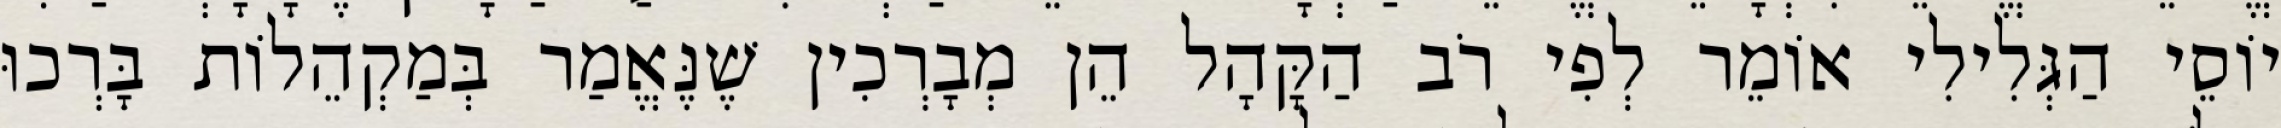
יוֹסֵי הַגְּלִילִי אוֹמֵר לְפִי רֹב הַקָּהָל הֵן מְבָרְכִין שֶׁנֶּאֱמַר בְּמַקְהֵלוֹת בָּרְכוּ